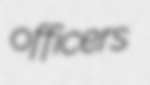
officers